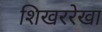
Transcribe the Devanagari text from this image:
शिखररेखा